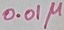
Text: 0.01µ